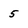
Character: 5